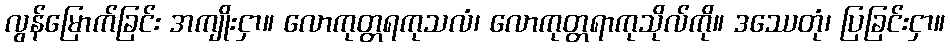
လွန်မြောက်ခြင်း အကျိုးငှာ။ လောကုတ္တရကုသလံ၊ လောကုတ္တရာကုသိုလ်ကို။ ဒဿေတုံ၊ ပြခြင်းငှာ။